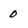
Character: 0